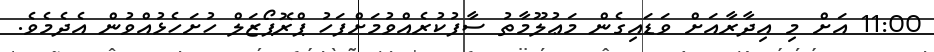
11:00 އަށް މި އިދާރާއަށް ވަޑައިގެން މަޢުލޫމާތު ސާފުކުރެއްވުމަށްފަހު ޕްރޮޕޯޒަލް ހުށަހެޅުއްވުން އެދެމެވެ.